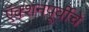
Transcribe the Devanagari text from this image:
ऍक्शनपूर्वीचे